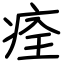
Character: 痊